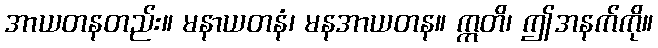
အာယတနတည်း။ မနာယတနံ၊ မနအာယတန။ ဣတိ၊ ဤအနက်ကို။